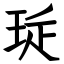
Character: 㻄